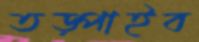
তড়্‌পাইব